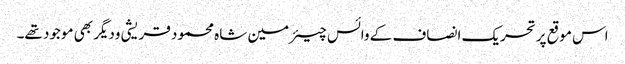
اس موقع پرتحریک انصاف کے وائس چیئرمین شاہ محمود قریشی ودیگر بھی موجود تھے۔